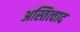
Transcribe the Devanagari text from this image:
अस्तित्वाद